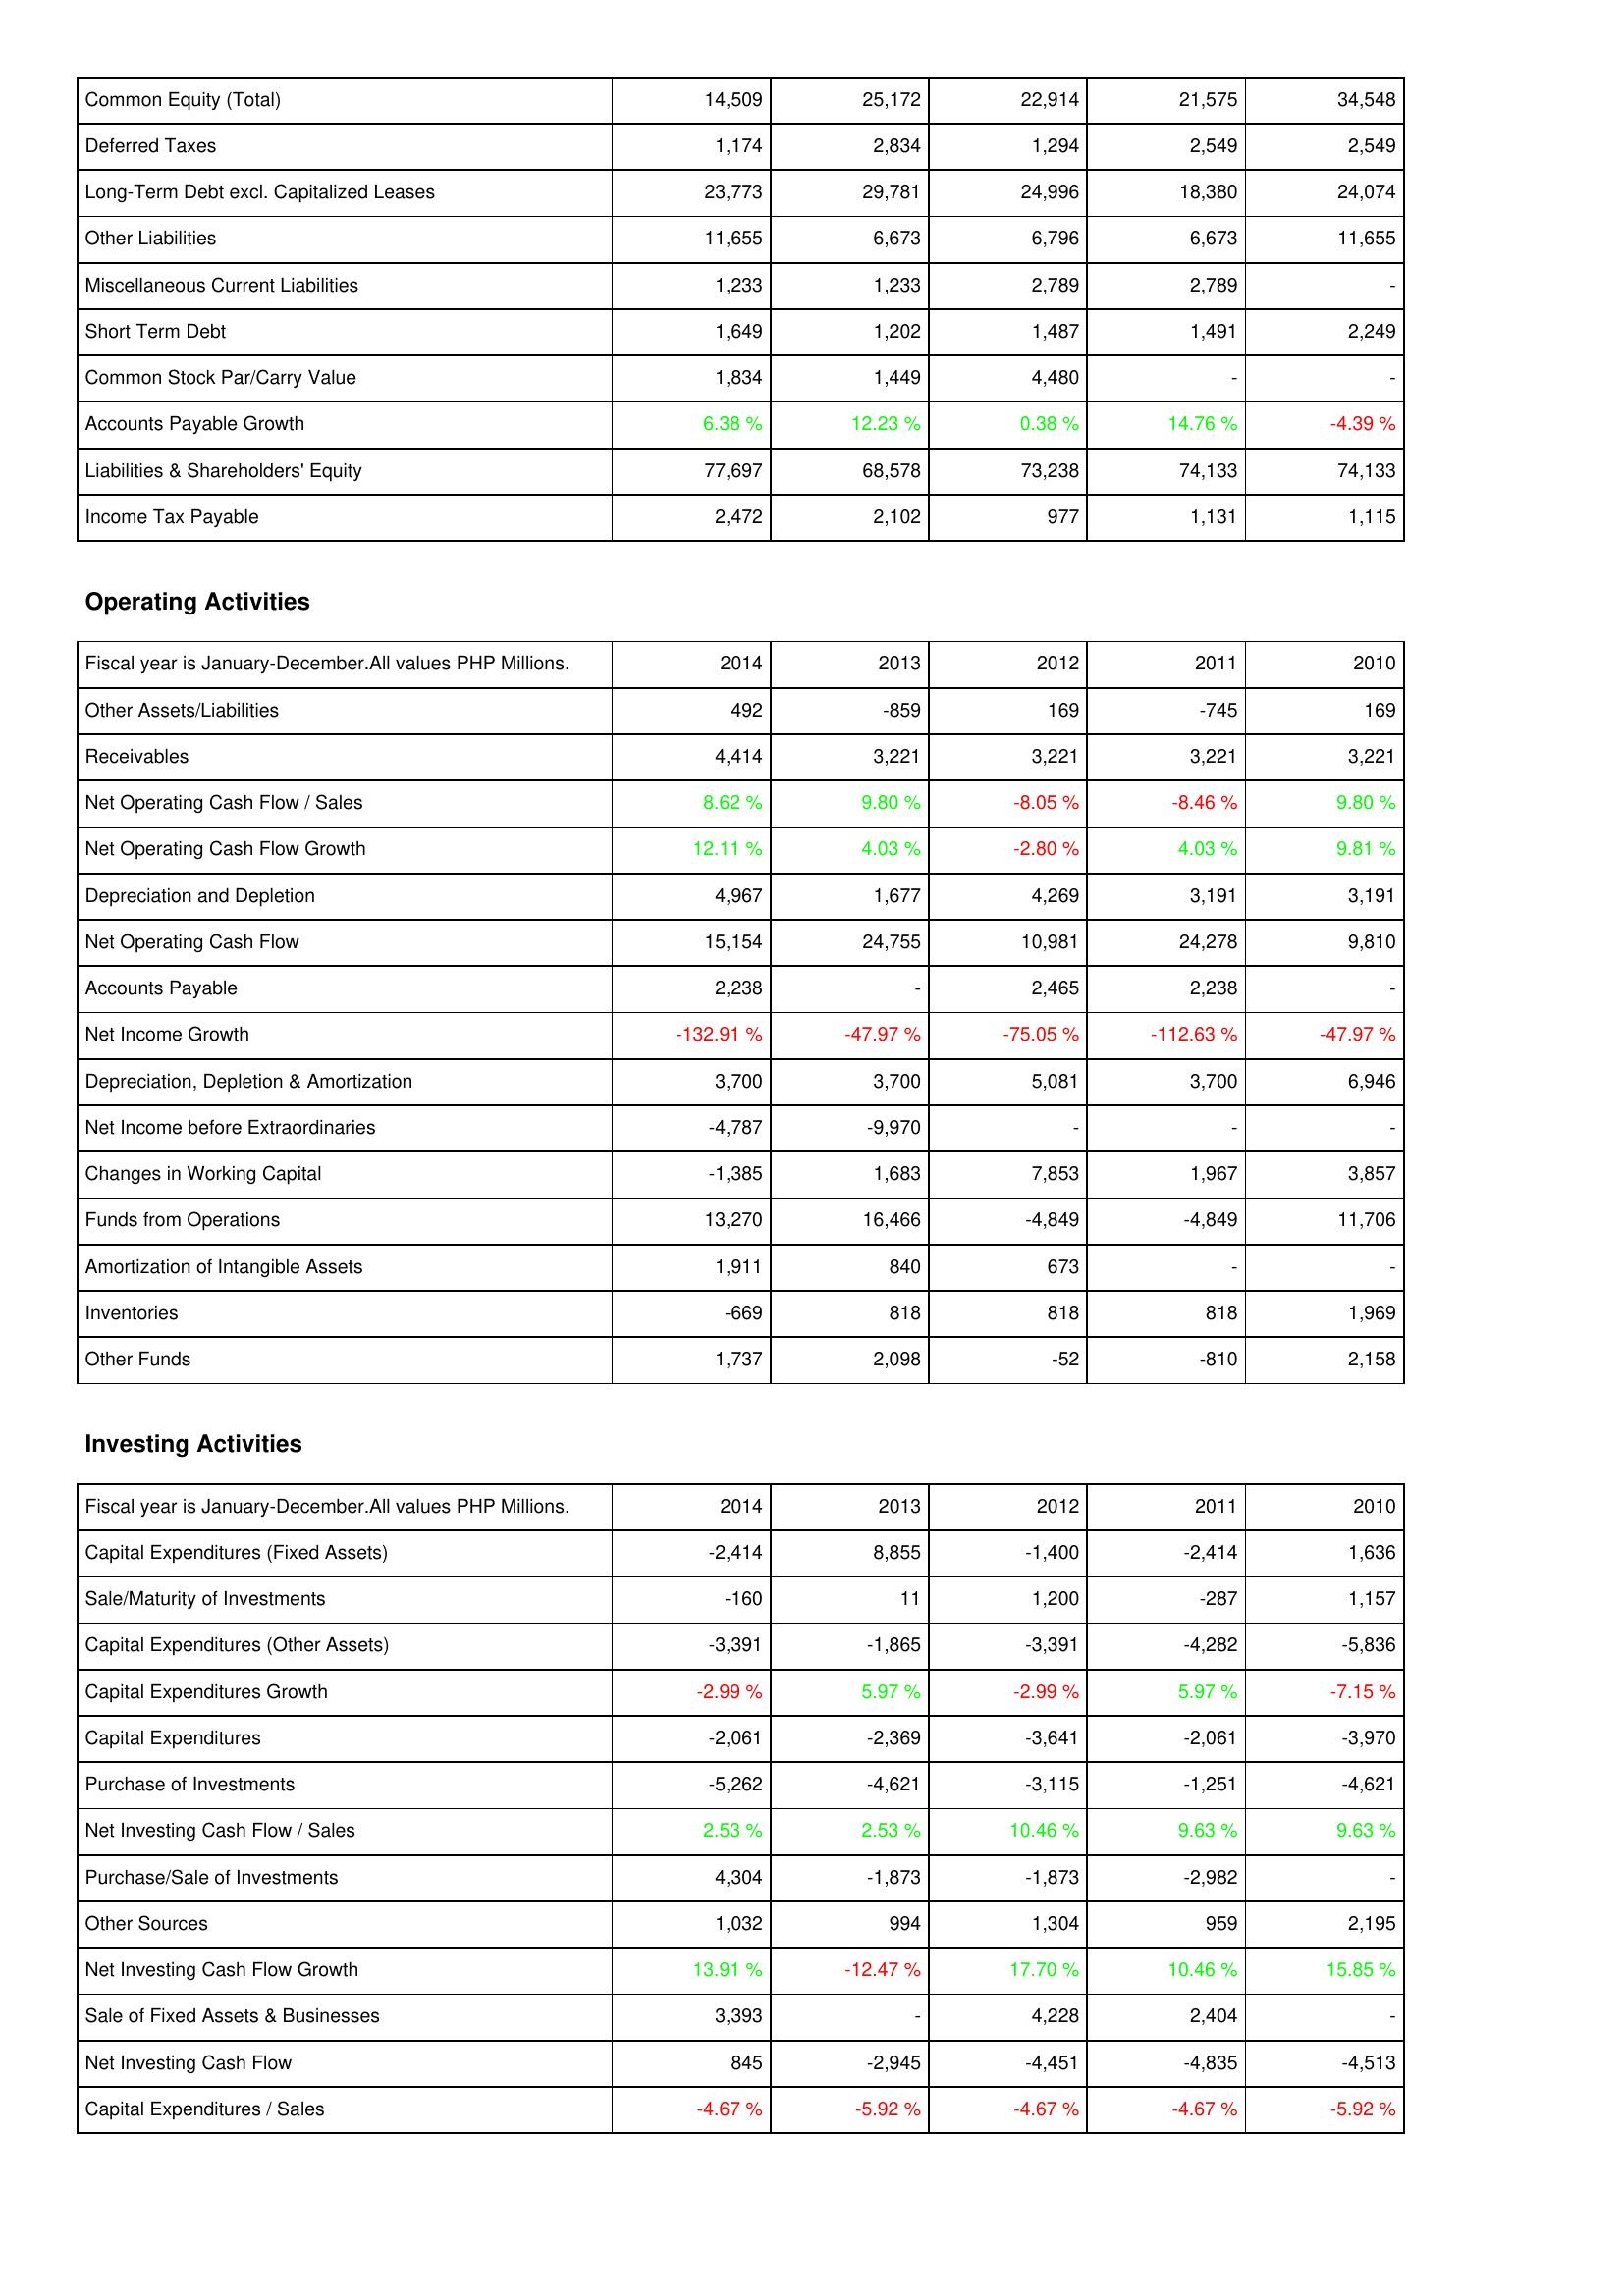
2014: Liabilities & Shareholders' Equity: Common Equity (Total): 14,509
Deferred Taxes: 1,174
Long-Term Debt excl. Capitalized Leases: 23,773
Other Liabilities: 11,655
Miscellaneous Current Liabilities: 1,233
Short Term Debt: 1,649
Common Stock Par/Carry Value: 1,834
Accounts Payable Growth: 6.38 %
Liabilities & Shareholders' Equity: 77,697
Income Tax Payable: 2,472
Operating Activities: Other Assets/Liabilities: 492
Receivables: 4,414
Net Operating Cash Flow / Sales: 8.62 %
Net Operating Cash Flow Growth: 12.11 %
Depreciation and Depletion: 4,967
Net Operating Cash Flow: 15,154
Accounts Payable: 2,238
Net Income Growth: -132.91 %
Depreciation, Depletion & Amortization: 3,700
Net Income before Extraordinaries: -4,787
Changes in Working Capital: -1,385
Funds from Operations: 13,270
Amortization of Intangible Assets: 1,911
Inventories: -669
Other Funds: 1,737
Investing Activities: Capital Expenditures (Fixed Assets): -2,414
Sale/Maturity of Investments: -160
Capital Expenditures (Other Assets): -3,391
Capital Expenditures Growth: -2.99 %
Capital Expenditures: -2,061
Purchase of Investments: -5,262
Net Investing Cash Flow / Sales: 2.53 %
Purchase/Sale of Investments: 4,304
Other Sources: 1,032
Net Investing Cash Flow Growth: 13.91 %
Sale of Fixed Assets & Businesses: 3,393
Net Investing Cash Flow: 845
Capital Expenditures / Sales: -4.67 %
2013: Liabilities & Shareholders' Equity: Common Equity (Total): 25,172
Deferred Taxes: 2,834
Long-Term Debt excl. Capitalized Leases: 29,781
Other Liabilities: 6,673
Miscellaneous Current Liabilities: 1,233
Short Term Debt: 1,202
Common Stock Par/Carry Value: 1,449
Accounts Payable Growth: 12.23 %
Liabilities & Shareholders' Equity: 68,578
Income Tax Payable: 2,102
Operating Activities: Other Assets/Liabilities: -859
Receivables: 3,221
Net Operating Cash Flow / Sales: 9.80 %
Net Operating Cash Flow Growth: 4.03 %
Depreciation and Depletion: 1,677
Net Operating Cash Flow: 24,755
Accounts Payable: -
Net Income Growth: -47.97 %
Depreciation, Depletion & Amortization: 3,700
Net Income before Extraordinaries: -9,970
Changes in Working Capital: 1,683
Funds from Operations: 16,466
Amortization of Intangible Assets: 840
Inventories: 818
Other Funds: 2,098
Investing Activities: Capital Expenditures (Fixed Assets): 8,855
Sale/Maturity of Investments: 11
Capital Expenditures (Other Assets): -1,865
Capital Expenditures Growth: 5.97 %
Capital Expenditures: -2,369
Purchase of Investments: -4,621
Net Investing Cash Flow / Sales: 2.53 %
Purchase/Sale of Investments: -1,873
Other Sources: 994
Net Investing Cash Flow Growth: -12.47 %
Sale of Fixed Assets & Businesses: -
Net Investing Cash Flow: -2,945
Capital Expenditures / Sales: -5.92 %
2012: Liabilities & Shareholders' Equity: Common Equity (Total): 22,914
Deferred Taxes: 1,294
Long-Term Debt excl. Capitalized Leases: 24,996
Other Liabilities: 6,796
Miscellaneous Current Liabilities: 2,789
Short Term Debt: 1,487
Common Stock Par/Carry Value: 4,480
Accounts Payable Growth: 0.38 %
Liabilities & Shareholders' Equity: 73,238
Income Tax Payable: 977
Operating Activities: Other Assets/Liabilities: 169
Receivables: 3,221
Net Operating Cash Flow / Sales: -8.05 %
Net Operating Cash Flow Growth: -2.80 %
Depreciation and Depletion: 4,269
Net Operating Cash Flow: 10,981
Accounts Payable: 2,465
Net Income Growth: -75.05 %
Depreciation, Depletion & Amortization: 5,081
Net Income before Extraordinaries: -
Changes in Working Capital: 7,853
Funds from Operations: -4,849
Amortization of Intangible Assets: 673
Inventories: 818
Other Funds: -52
Investing Activities: Capital Expenditures (Fixed Assets): -1,400
Sale/Maturity of Investments: 1,200
Capital Expenditures (Other Assets): -3,391
Capital Expenditures Growth: -2.99 %
Capital Expenditures: -3,641
Purchase of Investments: -3,115
Net Investing Cash Flow / Sales: 10.46 %
Purchase/Sale of Investments: -1,873
Other Sources: 1,304
Net Investing Cash Flow Growth: 17.70 %
Sale of Fixed Assets & Businesses: 4,228
Net Investing Cash Flow: -4,451
Capital Expenditures / Sales: -4.67 %
2011: Liabilities & Shareholders' Equity: Common Equity (Total): 21,575
Deferred Taxes: 2,549
Long-Term Debt excl. Capitalized Leases: 18,380
Other Liabilities: 6,673
Miscellaneous Current Liabilities: 2,789
Short Term Debt: 1,491
Common Stock Par/Carry Value: -
Accounts Payable Growth: 14.76 %
Liabilities & Shareholders' Equity: 74,133
Income Tax Payable: 1,131
Operating Activities: Other Assets/Liabilities: -745
Receivables: 3,221
Net Operating Cash Flow / Sales: -8.46 %
Net Operating Cash Flow Growth: 4.03 %
Depreciation and Depletion: 3,191
Net Operating Cash Flow: 24,278
Accounts Payable: 2,238
Net Income Growth: -112.63 %
Depreciation, Depletion & Amortization: 3,700
Net Income before Extraordinaries: -
Changes in Working Capital: 1,967
Funds from Operations: -4,849
Amortization of Intangible Assets: -
Inventories: 818
Other Funds: -810
Investing Activities: Capital Expenditures (Fixed Assets): -2,414
Sale/Maturity of Investments: -287
Capital Expenditures (Other Assets): -4,282
Capital Expenditures Growth: 5.97 %
Capital Expenditures: -2,061
Purchase of Investments: -1,251
Net Investing Cash Flow / Sales: 9.63 %
Purchase/Sale of Investments: -2,982
Other Sources: 959
Net Investing Cash Flow Growth: 10.46 %
Sale of Fixed Assets & Businesses: 2,404
Net Investing Cash Flow: -4,835
Capital Expenditures / Sales: -4.67 %
2010: Liabilities & Shareholders' Equity: Common Equity (Total): 34,548
Deferred Taxes: 2,549
Long-Term Debt excl. Capitalized Leases: 24,074
Other Liabilities: 11,655
Miscellaneous Current Liabilities: -
Short Term Debt: 2,249
Common Stock Par/Carry Value: -
Accounts Payable Growth: -4.39 %
Liabilities & Shareholders' Equity: 74,133
Income Tax Payable: 1,115
Operating Activities: Other Assets/Liabilities: 169
Receivables: 3,221
Net Operating Cash Flow / Sales: 9.80 %
Net Operating Cash Flow Growth: 9.81 %
Depreciation and Depletion: 3,191
Net Operating Cash Flow: 9,810
Accounts Payable: -
Net Income Growth: -47.97 %
Depreciation, Depletion & Amortization: 6,946
Net Income before Extraordinaries: -
Changes in Working Capital: 3,857
Funds from Operations: 11,706
Amortization of Intangible Assets: -
Inventories: 1,969
Other Funds: 2,158
Investing Activities: Capital Expenditures (Fixed Assets): 1,636
Sale/Maturity of Investments: 1,157
Capital Expenditures (Other Assets): -5,836
Capital Expenditures Growth: -7.15 %
Capital Expenditures: -3,970
Purchase of Investments: -4,621
Net Investing Cash Flow / Sales: 9.63 %
Purchase/Sale of Investments: -
Other Sources: 2,195
Net Investing Cash Flow Growth: 15.85 %
Sale of Fixed Assets & Businesses: -
Net Investing Cash Flow: -4,513
Capital Expenditures / Sales: -5.92 %